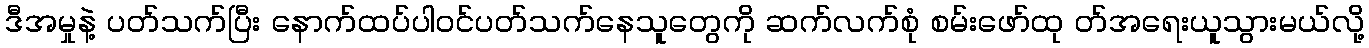
ဒီအမှုနဲ့ ပတ်သက်ပြီး နောက်ထပ်ပါဝင်ပတ်သက်နေသူတွေကို ဆက်လက်စုံ စမ်းဖော်ထု တ်အရေးယူသွားမယ်လို့